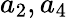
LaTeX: {a}_{2},{a}_{4}